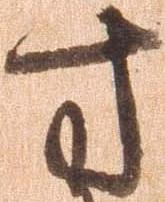
方